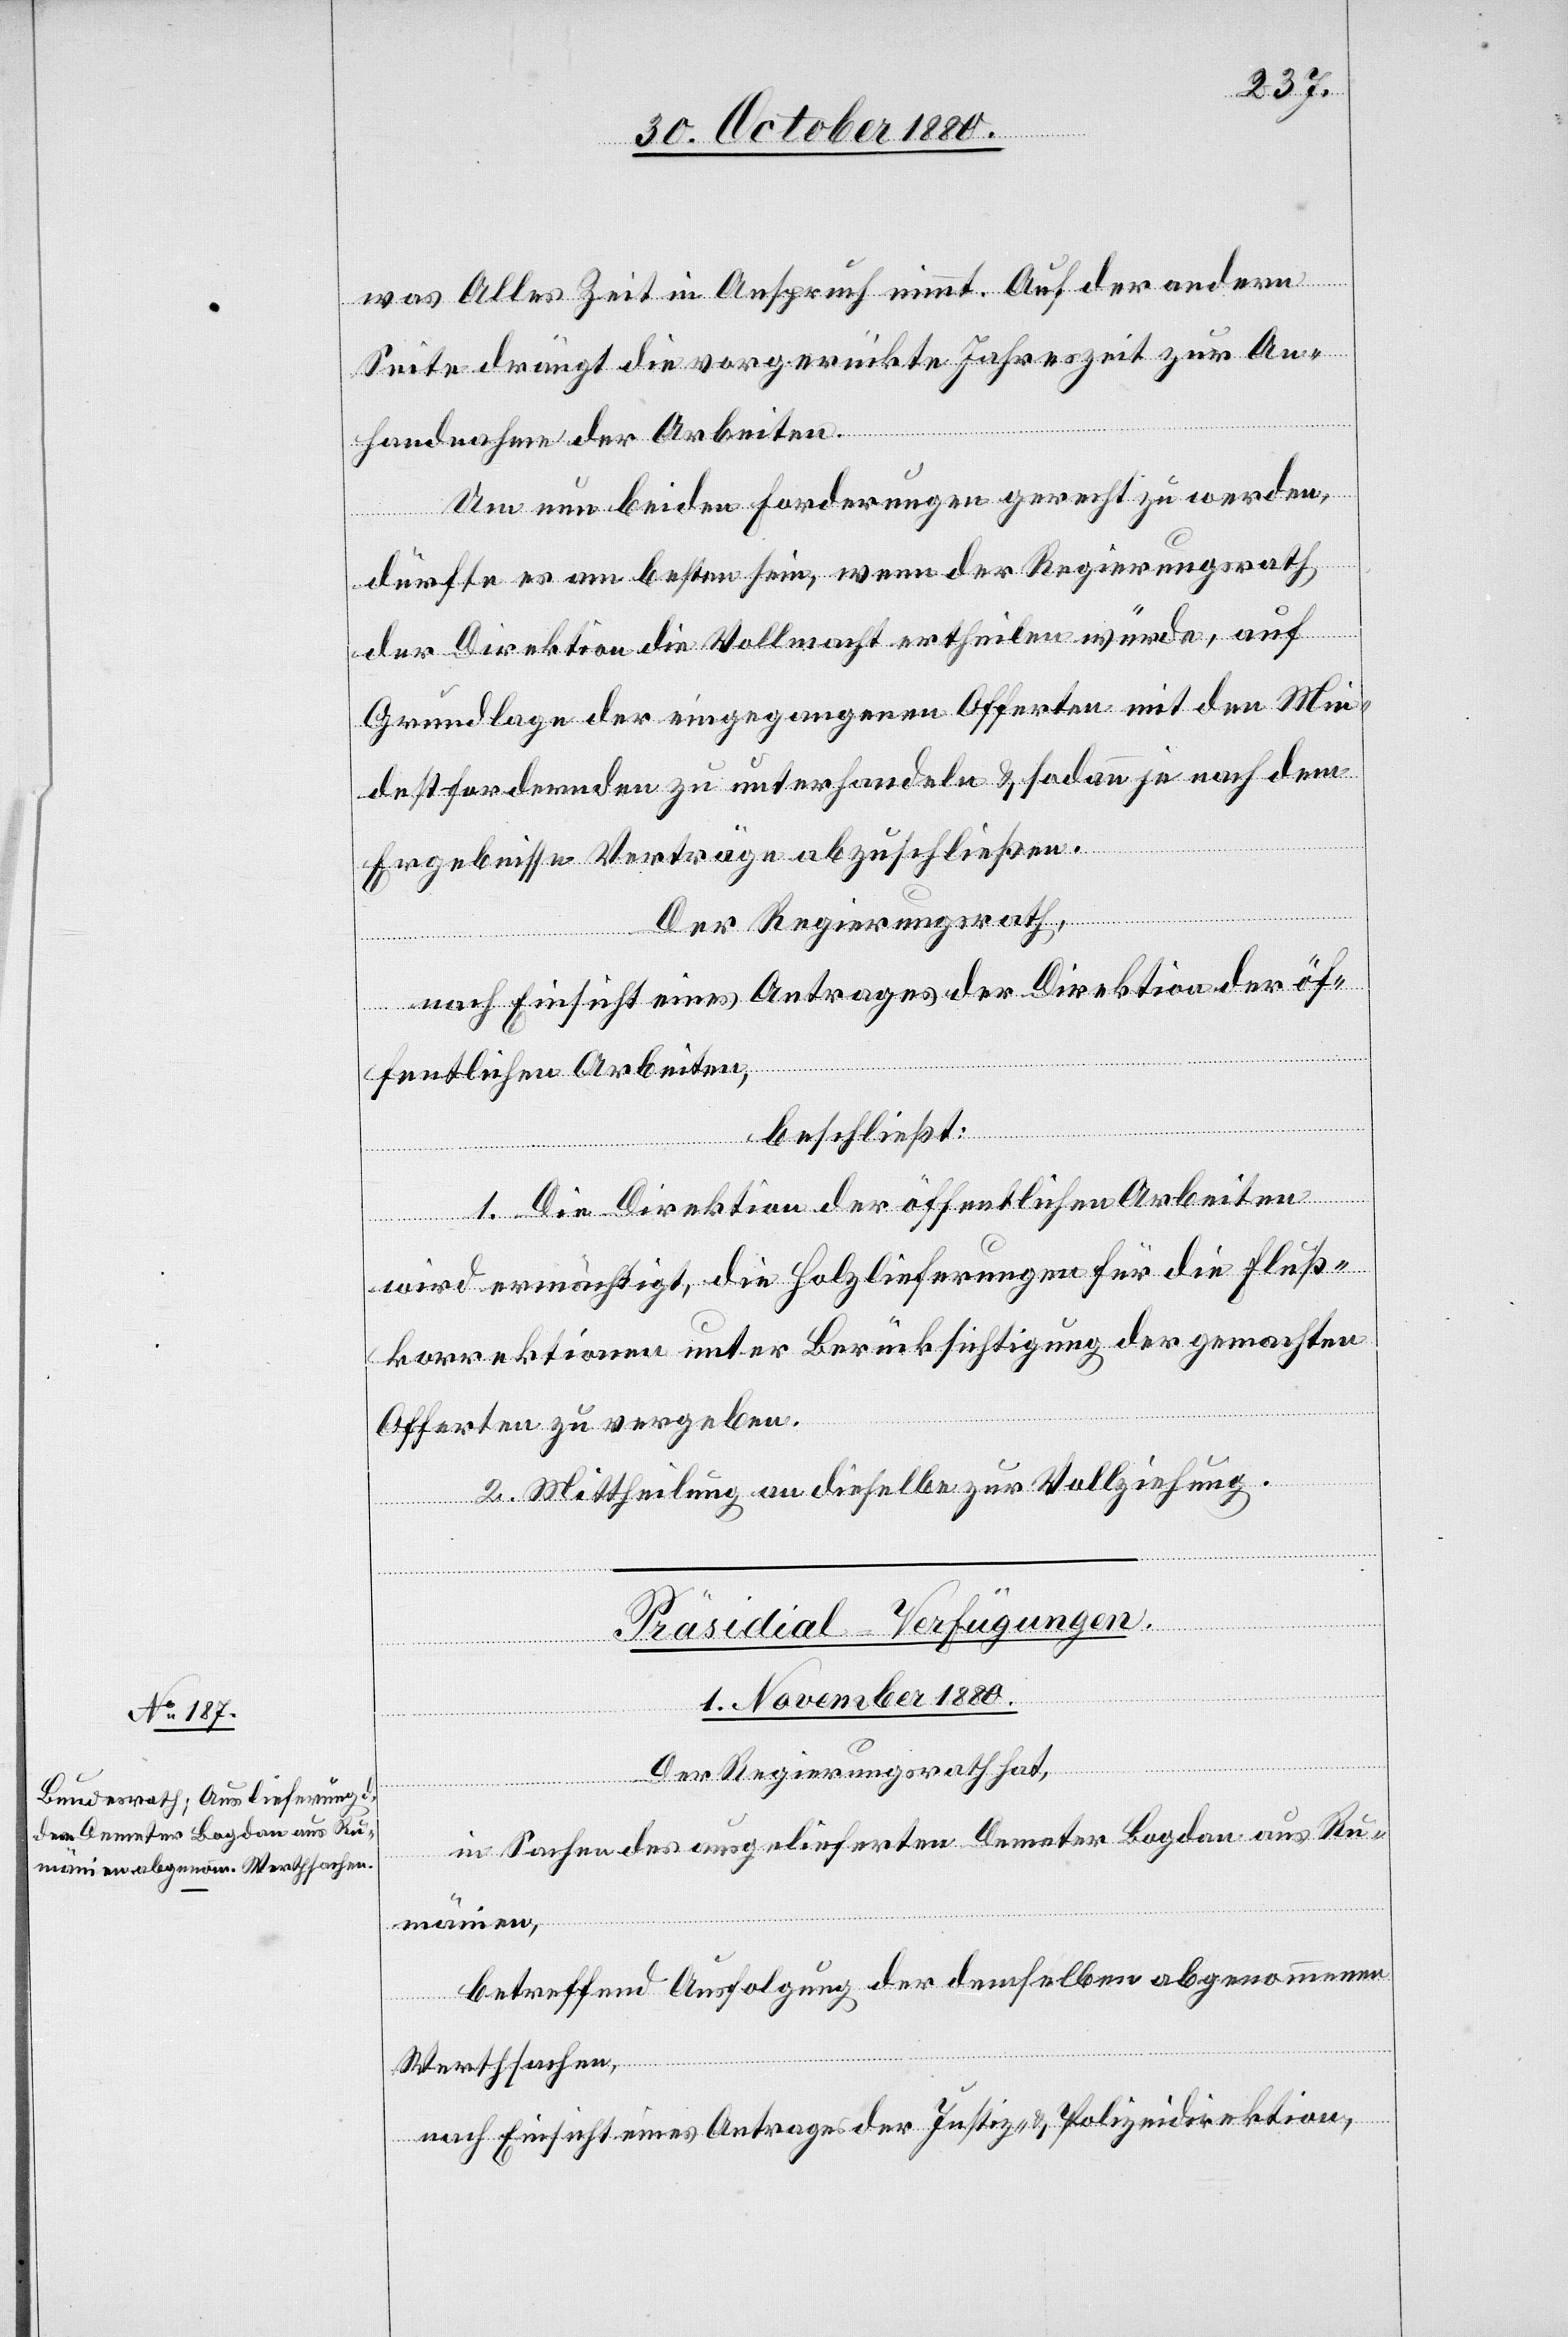
was Alles Zeit in Anspruch nimmt. Auf der andern
Seite drängt die vorgerückte Jahreszeit zur An¬
handnahme der Arbeiten.
Um nun beiden Forderungen gerecht zu werden,
dürfte es am besten sein, wenn der Regierungsrath
der Direktion die Vollmacht ertheilen würde, auf
Grundlage der eingegangenen Offerten mit den Min¬
destfordernden zu unterhandeln & sodann je nach dem
Ergebnisse Verträge abzuschließen.
Der Regierungsrath,
nach Einsicht eines Antrages der Direktion der öf¬
fentlichen Arbeiten,
beschließt:
1. Die Direktion der öffentlichen Arbeiten
wird ermächtigt, die Holzlieferungen für die Fluß¬
korrektionen unter Berücksichtigung der gemachten
Offerten zu vergeben.
2. Mittheilung an dieselbe zur Vollziehung.
Präsidial-Verfügungen.
1. November 1880.
Der Regierungsrath hat,
in Sachen des ausgelieferten Demeter Bogdan aus Ru¬
mänien,
betreffend Ausfolgung der demselben abgenommenen
Werthsachen,
nach Einsicht eines Antrages der Justiz- & Polizeidirektion,